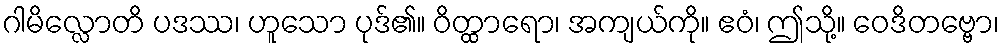
ဂါမိလ္လောတိ ပဒဿ၊ ဟူသော ပုဒ်၏။ ဝိတ္ထာရော၊ အကျယ်ကို။ ဧဝံ၊ ဤသို့။ ဝေဒိတဗ္ဗော၊